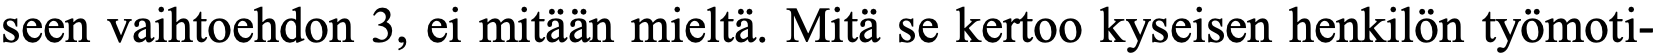
seen vaihtoehdon 3, ei mitään mieltä. Mitä se kertoo kyseisen henkilön työmoti-